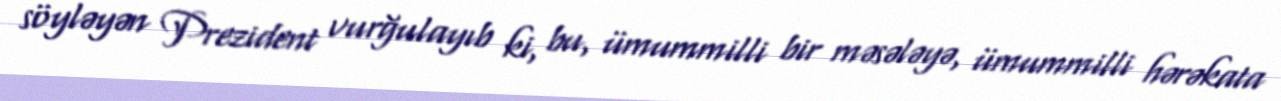
söyləyən Prezident vurğulayıb ki, bu, ümummilli bir məsələyə, ümummilli hərəkata